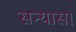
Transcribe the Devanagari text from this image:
सन्यास।